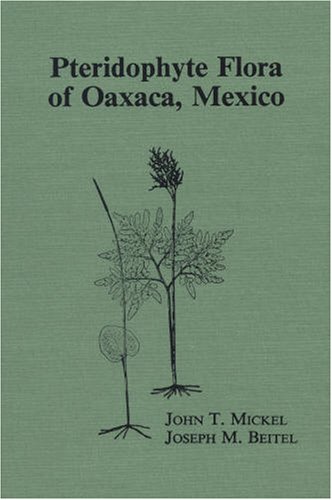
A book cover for Pteridophyte Flora of Oaxaca, Mexico (Memoirs of the New York Botanical Garden Vol. 46); John T. Mickel; Science & Math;